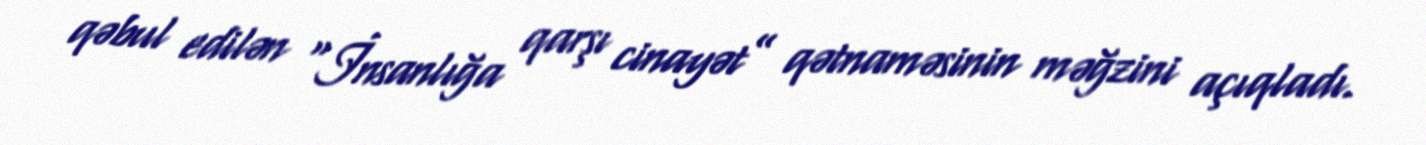
qəbul edilən “İnsanlığa qarşı cinayət” qətnaməsinin məğzini açıqladı.